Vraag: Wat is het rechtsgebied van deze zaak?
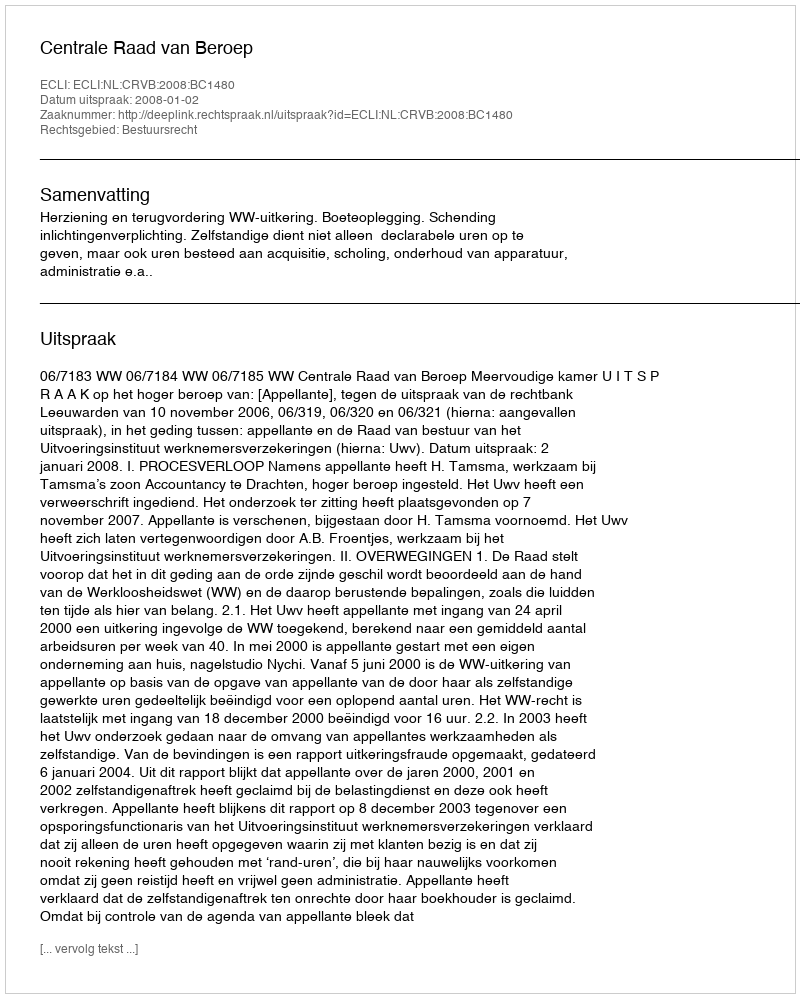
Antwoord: Bestuursrecht